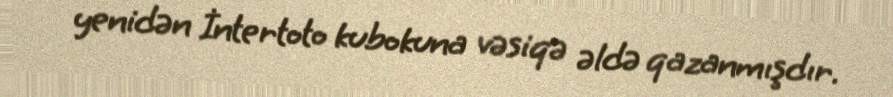
yenidən İntertoto kubokuna vəsiqə əldə qazanmışdır.